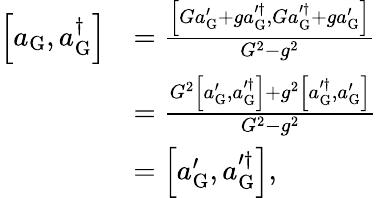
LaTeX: \begin{array}{rl}{\left[a_{\mathrm{G}},a_{\mathrm{G}}^{\dagger}\right]}&{=\frac{\left[Ga_{\mathrm{G}}^{\prime}+ga_{\mathrm{G}}^{\prime\dagger},Ga_{\mathrm{G}}^{\prime\dagger}+ga_{\mathrm{G}}^{\prime}\right]}{G^{2}-g^{2}}}\\ &{=\frac{G^{2}\left[a_{\mathrm{G}}^{\prime},a_{\mathrm{G}}^{\prime\dagger}\right]+g^{2}\left[a_{\mathrm{G}}^{\prime\dagger},a_{\mathrm{G}}^{\prime}\right]}{G^{2}-g^{2}}}\\ &{=\left[a_{\mathrm{G}}^{\prime},a_{\mathrm{G}}^{\prime\dagger}\right],}\end{array}